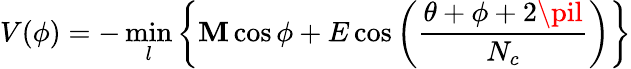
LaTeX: V(\phi)=-\operatorname*{min}_{l}\left\{ \mathbf{M}\cos\phi+E\cos\left(\frac{{\theta+\phi+2\pil}}{{N_{c}}}\right)\right\}